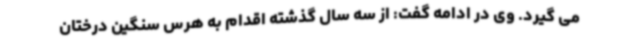
می گیرد. وی در ادامه گفت: از سه سال گذشته اقدام به هرس سنگین درختان